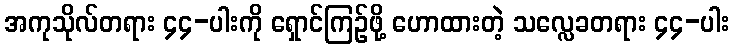
အကုသိုလ်တရား ၄၄-ပါးကို ရှောင်ကြဉ်ဖို့ ဟောထားတဲ့ သလ္လေခတရား ၄၄-ပါး